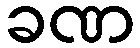
ခဏ